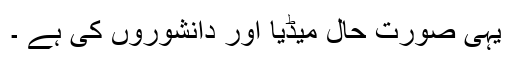
یہی صورت حال میڈیا اور دانشوروں کی ہے ۔